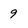
Character: 9